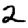
Digit: 2